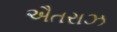
ઐતરાઝ